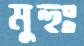
মুহুঃ